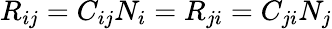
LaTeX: R_{ij}=C_{ij}N_{i}=R_{ji}=C_{ji}N_{j}